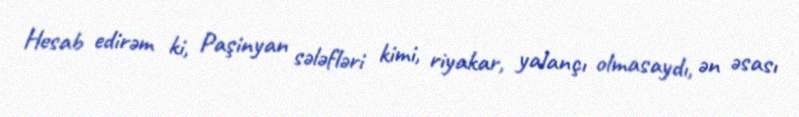
Hesab edirəm ki, Paşinyan sələfləri kimi, riyakar, yalançı olmasaydı, ən əsası